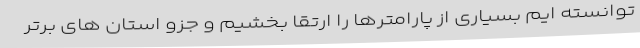
توانسته ایم بسیاری از پارامترها را ارتقا بخشیم و جزو استان های برتر